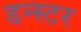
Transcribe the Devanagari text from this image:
डन्स्टर